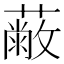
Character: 𦽗